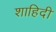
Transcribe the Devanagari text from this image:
शाहिदी